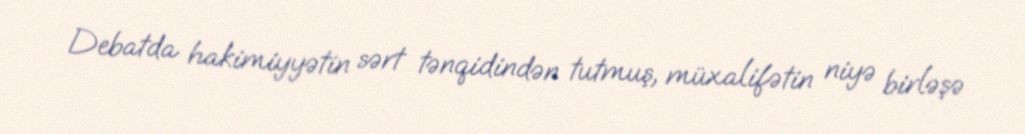
Debatda hakimiyyətin sərt tənqidindən tutmuş, müxalifətin niyə birləşə